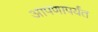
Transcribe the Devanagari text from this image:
आपणापर्यंत